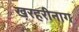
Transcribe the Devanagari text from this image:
खरहरीनाग